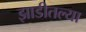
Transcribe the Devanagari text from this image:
झाडीतल्या